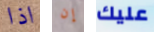
اذا إن عليك